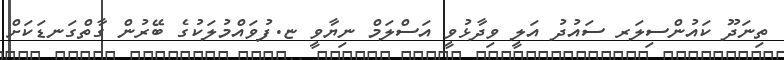
ތިނަދޫ ކައުންސިލަރ ސައުދު އަލީ ވިދާޅުވީ އަސްލަމް ނިޔާވީ ޏ.ފުވައްމުލަކުގެ ބޭރުން ގާތްގަނޑަކަށް